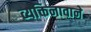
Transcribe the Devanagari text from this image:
व्यक्तिनावाने